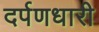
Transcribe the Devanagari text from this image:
दर्पणधारी